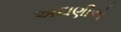
અદાણીએ